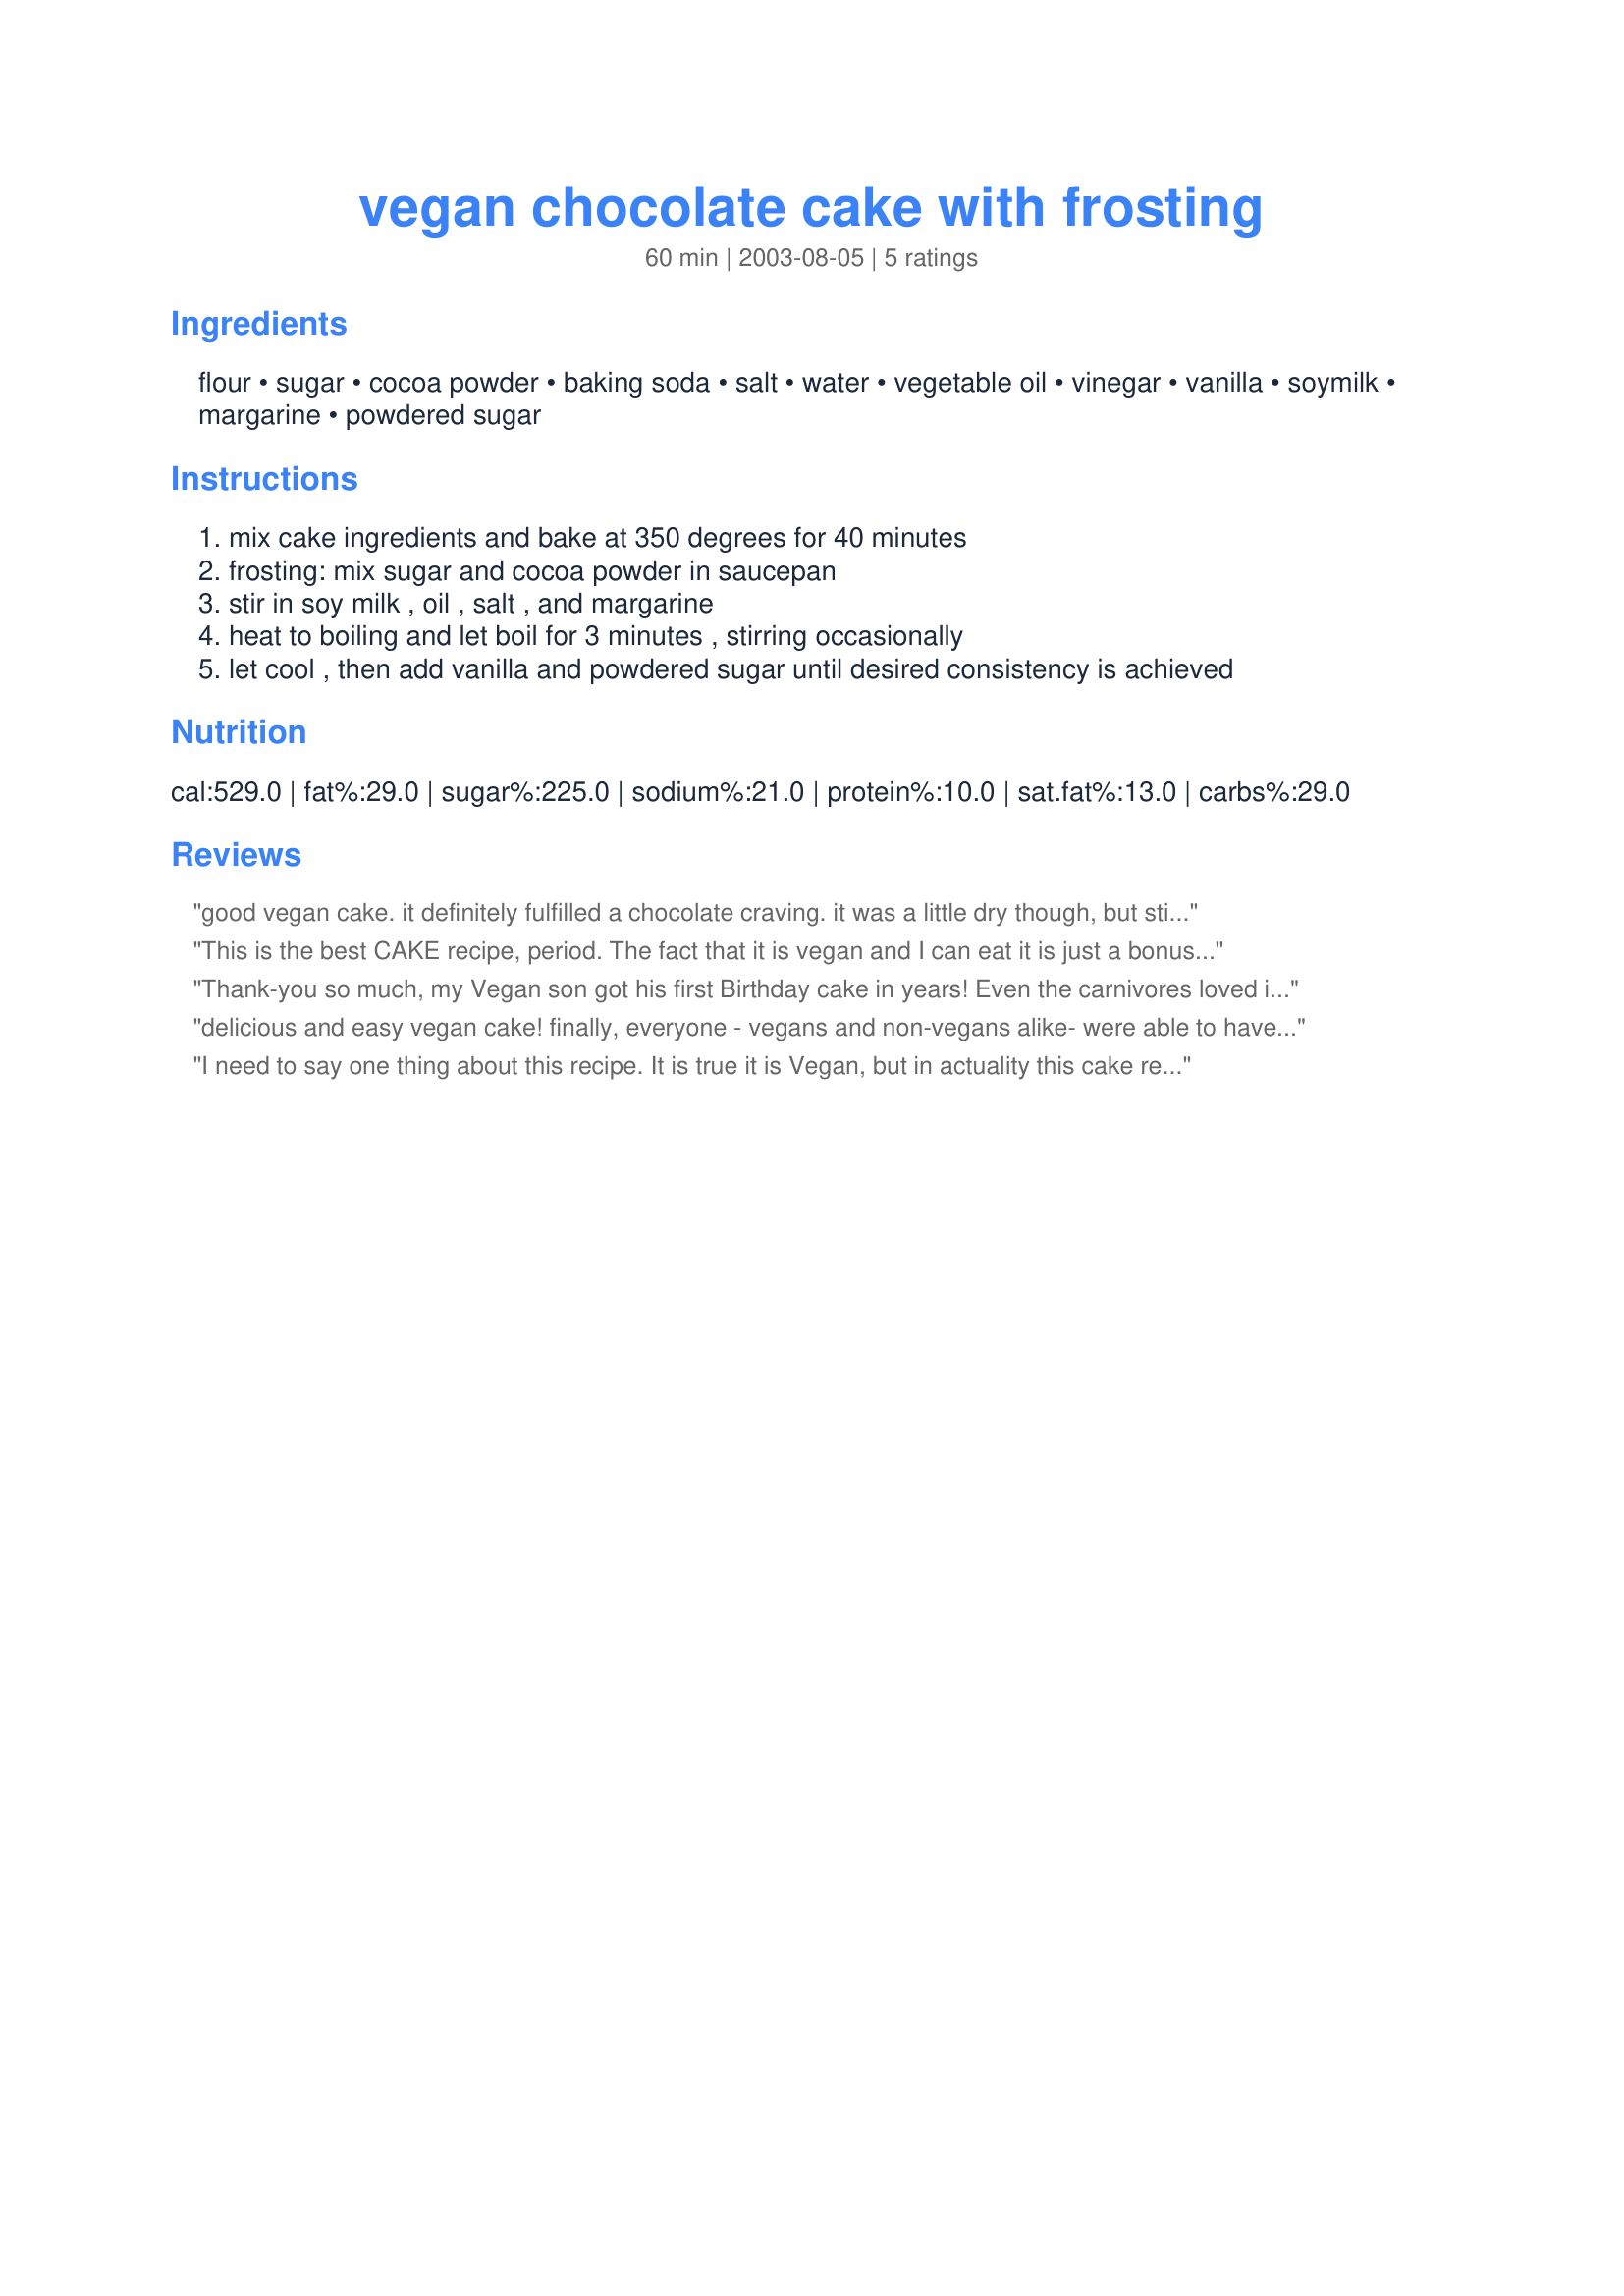
vegan chocolate cake with frosting
Preparation time: 60 minutes

Ingredients:
flour, sugar, cocoa powder, baking soda, salt, water, vegetable oil, vinegar, vanilla, soymilk, margarine, powdered sugar

Steps:
mix cake ingredients and bake at 350 degrees for 40 minutes
frosting: mix sugar and cocoa powder in saucepan
stir in soy milk , oil , salt , and margarine
heat to boiling and let boil for 3 minutes , stirring occasionally
let cool , then add vanilla and powdered sugar until desired consistency is achieved

Reviews:
good vegan cake. it definitely fulfilled a chocolate craving. it was a little dry though, but still tasty. i had to add more soy milk to the frosting, it came out pretty hard at first. i enjoyed making it though, and eating it! thanks for the recipe.
This is the best CAKE recipe, period. The fact that it is vegan and I can eat it is just a bonus. I make this recipe in cupcake form for people to share at bake sales and for people in my office and they can't beleive how good it is. People who aren't really fans of cake have told me that they love this one. It is moist and rich, but not too sweet or overpowering. It's just great!
Thank-you so much, my Vegan son got his first Birthday cake in years! Even the carnivores loved it! I wouldn't change a thing.
delicious and easy vegan cake! finally, everyone - vegans and non-vegans alike- were able to have a slice of birthday cake.
I need to say one thing about this recipe. It is true it is Vegan, but in actuality this cake recipe is 100's of years old. It was passed down in my family(and I'm sure many others) as a type of German cake we all called 'Wacky Cake'. It is a surperb recipe. It's so good and easy you really can't mess it up. I don't even need frosting with mine. For an extra kick and flavor add 2-3tsp of grated orange peeling!
